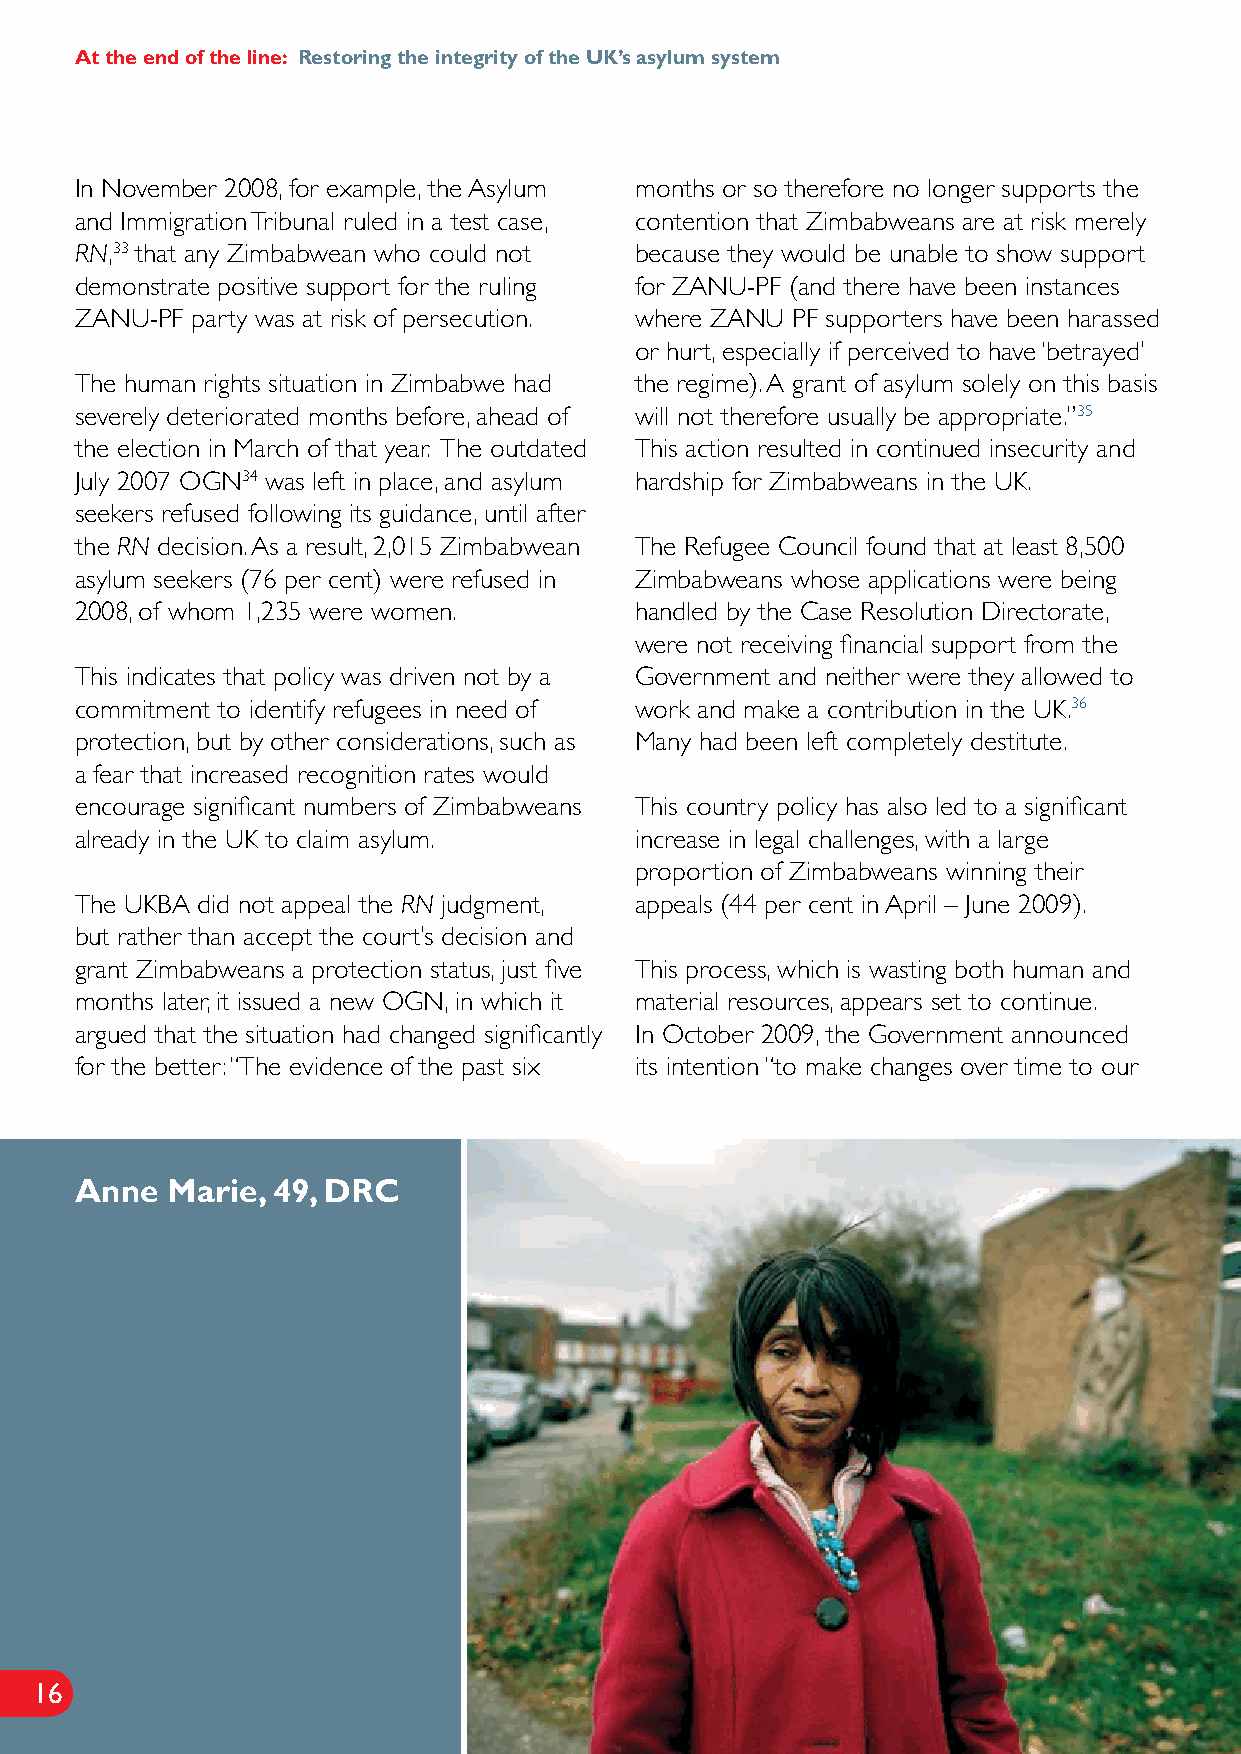
At the end of the line: Restoring the integrity of the UK’s asylum system
 In November 2008, for example, the Asylum months or so therefore no longer supports the
 and Immigration Tribunal ruled in a test case, contention that Zimbabweans are at risk merely
 RN,33 that any Zimbabwean who could not because they would be unable to show support
 demonstrate positive support for the ruling for ZANU-PF (and there have been instances
 ZANU-PF party was at risk of persecution. where ZANU PF supporters have been harassed
 or hurt, especially if perceived to have ‘betrayed’
 The human rights situation in Zimbabwe had the regime). A grant of asylum solely on this basis
 severely deteriorated months before, ahead of will not therefore usually be appropriate.”35
 the election in March of that year. The outdated This action resulted in continued insecurity and
 July 2007 OGN34 was left in place, and asylum hardship for Zimbabweans in the UK.
 seekers refused following its guidance, until after
 the RN decision. As a result, 2,015 Zimbabwean The Refugee Council found that at least 8,500
 asylum seekers (76 per cent) were refused in Zimbabweans whose applications were being
 2008, of whom 1,235 were women.      handled by the Case Resolution Directorate,
 were not receiving financial support from the
 This indicates that policy was driven not by a Government and neither were they allowed to
 commitment to identify refugees in need of work and make a contribution in the UK.36
 protection, but by other considerations, such as Many had been left completely destitute.
 a fear that increased recognition rates would
 encourage significant numbers of Zimbabweans This country policy has also led to a significant
 already in the UK to claim asylum.   increase in legal challenges, with a large
 proportion of Zimbabweans winning their
 The UKBA did not appeal the RN judgment, appeals (44 per cent in April – June 2009).
 but rather than accept the court’s decision and
 grant Zimbabweans a protection status, just five This process, which is wasting both human and
 months later, it issued a new OGN, in which it material resources, appears set to continue.
 argued that the situation had changed significantly In October 2009, the Government announced
 for the better: “The evidence of the past six its intention “to make changes over time to our
 Anne  Marie, 49, DRC
 16
 CRD
 ,94
 ,eiraM
 ennA